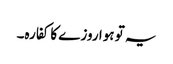
یہ تو ہوا روزے کا کفارہ۔